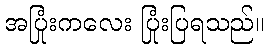
အပြုံးကလေး ပြုံးပြရသည်။